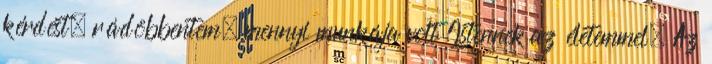
kérdést, rádöbbentem, mennyi munkája volt Istennek az életemmel. Az